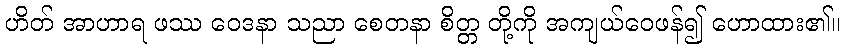
ဟိတ် အာဟာရ ဖဿ ဝေဒနာ သညာ စေတနာ စိတ္တ တို့ကို အကျယ်ဝေဖန်၍ ဟောထား၏။